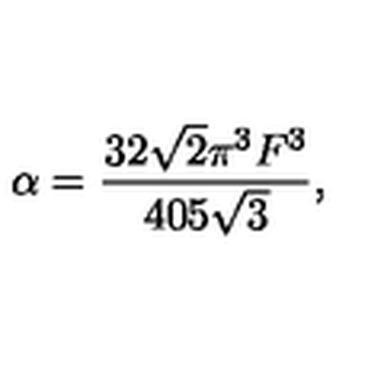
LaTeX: \alpha = \frac { 3 2 \sqrt { 2 } \pi ^ { 3 } F ^ { 3 } } { 4 0 5 \sqrt { 3 } } ,